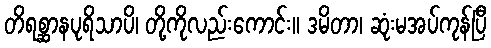
တိရစ္ဆာနပုရိသာပိ၊ တို့ကိုလည်းကောင်း။ ဒမိတာ၊ ဆုံးမအပ်ကုန်ပြီ